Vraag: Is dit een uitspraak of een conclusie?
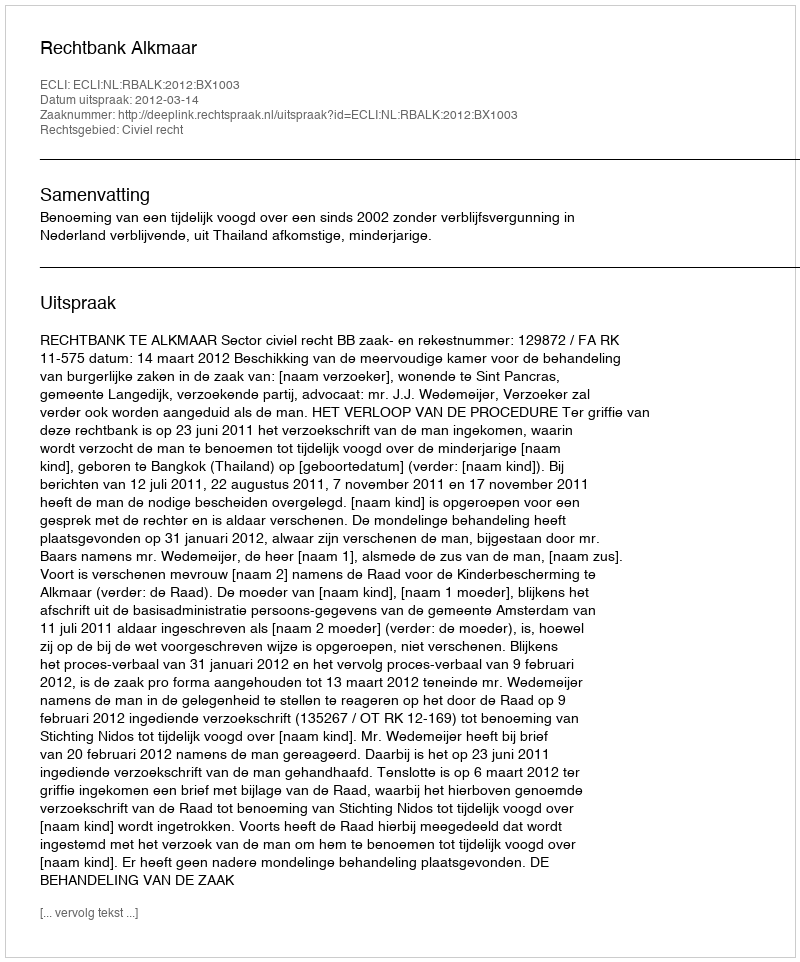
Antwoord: Uitspraak